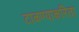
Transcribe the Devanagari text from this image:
टाळण्याकरिता